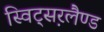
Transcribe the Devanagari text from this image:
स्विट्स़रलैण्ड